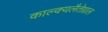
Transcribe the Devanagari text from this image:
काल्क्यलैतेग्राल